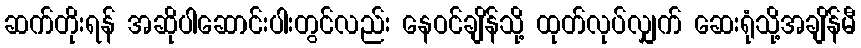
ဆက်တိုးရန် အဆိုပါဆောင်းပါးတွင်လည်း နေဝင်ချိန်သို့ ထုတ်လုပ်လျှက် ဆေးရုံသို့အချိန်မီ